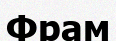
Фрам